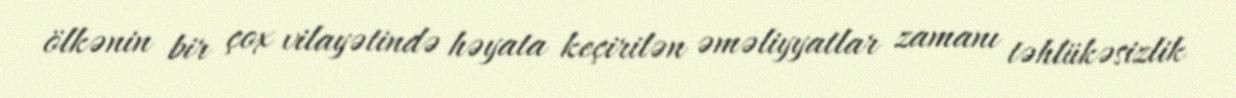
ölkənin bir çox vilayətində həyata keçirilən əməliyyatlar zamanı təhlükəsizlik